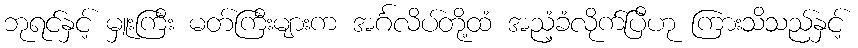
ဘုရင်နှင့် မှူးကြီး မတ်ကြီးများက အင်္ဂလိပ်တို့ထံ အညံ့ခံလိုက်ပြီဟု ကြားသိသည်နှင့်